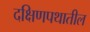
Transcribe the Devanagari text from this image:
दक्षिणपथातील